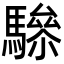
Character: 𩥵